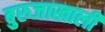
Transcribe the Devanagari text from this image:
बुरुजाखाली